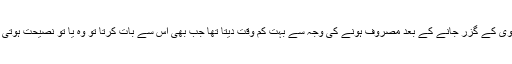
جسے اپنی بیوی کے گزر جانے کے بعد مصروف ہونے کی وجہ سے بہت کم وقت دیتا تھا جب بھی اس سے بات کرتا تو وہ یا تو نصیحت ہوتی یا پھر ڈانٹ ۔